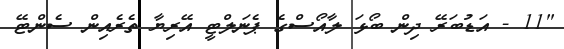
"11 - އަޑުބަރޭ ދިން ބޯޅަ ލާއޯސްގެ ޕެނަލްޓީ އޭރިޔާ ތެރެއިން ސެންޓޭ